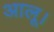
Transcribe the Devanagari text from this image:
आलू।